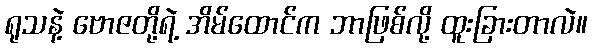
ရုသနဲ့ ဗောဇတို့ရဲ့ အိမ်ထောင်က ဘာဖြစ်လို့ ထူးခြားတာလဲ။